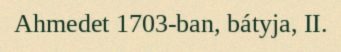
Ahmedet 1703-ban, bátyja, II.